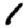
Digit: 1